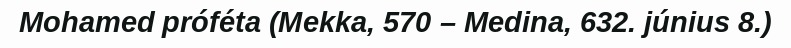
Mohamed próféta (Mekka, 570 – Medina, 632. június 8.)